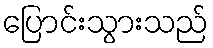
ပြောင်းသွားသည်